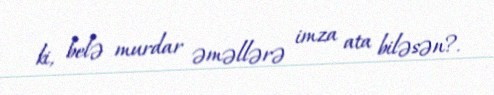
ki, belə murdar əməllərə imza ata biləsən?.